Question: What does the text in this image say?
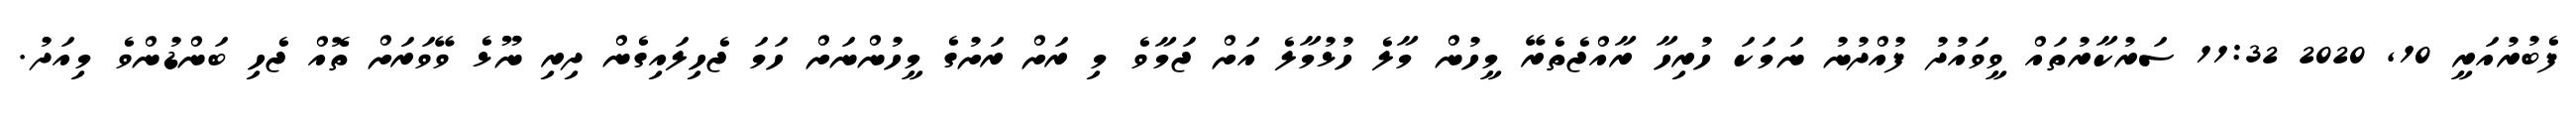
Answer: ފެބުރުއަރީ 10, 2020 11:32 ސަރުކާރުތައް ވީވައުދު ފުއްދުނު ނަމަކަ ހުރިހާ ރާއްޖެތެރޭ މީހުން މާލެ ހުޅުމާލެ އަށް ޖަމާވެ މި ރަށް ރަށުގެ މީހުންނަށް ހަމަ ޖެހިލައިގެން ދިރި ނޫޅެ ވޭވަރަށް ތޮއް ޖެހި ބަންޑުންވެ މިއަދު.